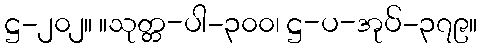
ဋ္ဌ-၂၀၂။ ။သုတ္တ-ပါ-၃၀၀၊ ဋ္ဌ-ပ-အုပ်-၃၇၉။